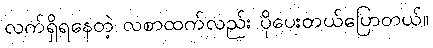
လက်ရှိရနေတဲ့ လစာထက်လည်း ပိုပေးတယ်ပြောတယ်။